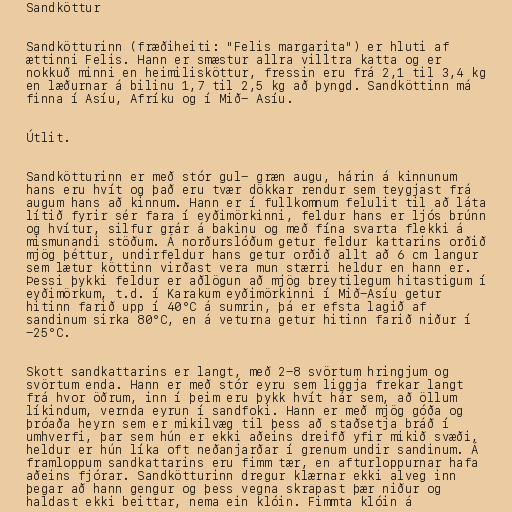
Sandköttur

Sandkötturinn (fræðiheiti: "Felis margarita") er hluti af
ættinni Felis. Hann er smæstur allra villtra katta og er
nokkuð minni en heimilisköttur, fressin eru frá 2,1 til 3,4 kg
en læðurnar á bilinu 1,7 til 2,5 kg að þyngd. Sandköttinn má
finna í Asíu, Afríku og í Mið- Asíu.

Útlit.

Sandkötturinn er með stór gul- græn augu, hárin á kinnunum
hans eru hvít og það eru tvær dökkar rendur sem teygjast frá
augum hans að kinnum. Hann er í fullkomnum felulit til að láta
lítið fyrir sér fara í eyðimörkinni, feldur hans er ljós brúnn
og hvítur, silfur grár á bakinu og með fína svarta flekki á
mismunandi stöðum. Á norðurslóðum getur feldur kattarins orðið
mjög þéttur, undirfeldur hans getur orðið allt að 6 cm langur
sem lætur köttinn virðast vera mun stærri heldur en hann er.
Þessi þykki feldur er aðlögun að mjög breytilegum hitastigum í
eyðimörkum, t.d. í Karakum eyðimörkinni í Mið-Asíu getur
hitinn farið upp í 40°C á sumrin, þá er efsta lagið af
sandinum sirka 80°C, en á veturna getur hitinn farið niður í
-25°C.

Skott sandkattarins er langt, með 2-8 svörtum hringjum og
svörtum enda. Hann er með stór eyru sem liggja frekar langt
frá hvor öðrum, inn í þeim eru þykk hvít hár sem, að öllum
líkindum, vernda eyrun í sandfoki. Hann er með mjög góða og
þróaða heyrn sem er mikilvæg til þess að staðsetja bráð í
umhverfi, þar sem hún er ekki aðeins dreifð yfir mikið svæði,
heldur er hún líka oft neðanjarðar í grenum undir sandinum. Á
framloppum sandkattarins eru fimm tær, en afturloppurnar hafa
aðeins fjórar. Sandkötturinn dregur klærnar ekki alveg inn
þegar að hann gengur og þess vegna skrapast þær niður og
haldast ekki beittar, nema ein klóin. Fimmta klóin á